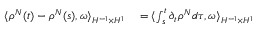
\begin{array} { r l } { \langle \rho ^ { N } ( t ) - \rho ^ { N } ( s ) , \omega \rangle _ { H ^ { - 1 } \times H ^ { 1 } } } & { { } = \langle \int _ { s } ^ { t } \partial _ { t } \rho ^ { N } d \tau , \omega \rangle _ { H ^ { - 1 } \times H ^ { 1 } } } \end{array}